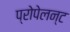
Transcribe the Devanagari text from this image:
प्रोपेलन्ट